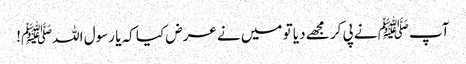
آپﷺ نے پی کر مجھے دیا تو میں نے عرض کیا کہ یا رسول اللہﷺ!